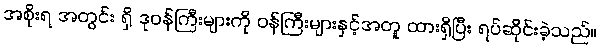
အစိုးရ အတွင်း ရှိ ဒုဝန်ကြီးများကို ဝန်ကြီးများနှင့်အတူ ထားရှိပြီး ရပ်ဆိုင်းခဲ့သည်။